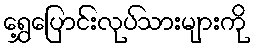
ရွှေ့ပြောင်းလုပ်သားများကို